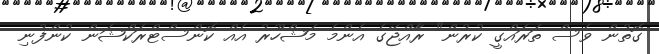
ގޮތުން ވެސް ތަރައްގީ ކުރުން" ރާއްޖޭގެ އެންމެ މަޝްހޫރު އެއް ކޮންސްޓްރަކްޝަން ކުންފުނި